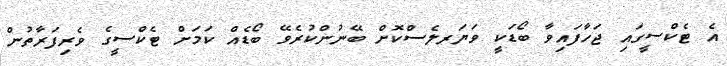
އެ ޓެކްސީގައި ޖަހާފައިވާ ބޯޑަކީ ވަޔަރލެސްކޮށް ބޭނުންކުރެވޭ ބޯޑެއް ކަމަށް ޓެކްސީގެ ވެރިފަރާތުން